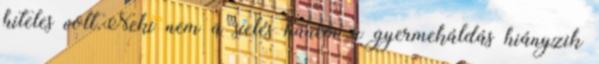
hiteles volt.Neki nem a síelés hanem a gyermekáldás hiányzik